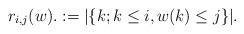
\begin{align*} r_{i,j}(w).: = |\{k;k\leq i,w(k)\leq j\}|. \end{align*}